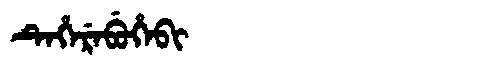
Manchu: ᡨᡝᡥᡝᡵᡝᠪᡠᡥᡝᠪᡳ
Romanization: TEHEREBUHEBI